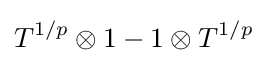
T^{1/p}\otimes 1-1\otimes T^{1/p}